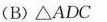
(B)△ADC